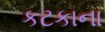
કટકાના